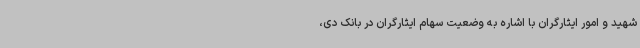
شهید و امور ایثارگران با اشاره به وضعیت سهام ایثارگران در بانک دی،